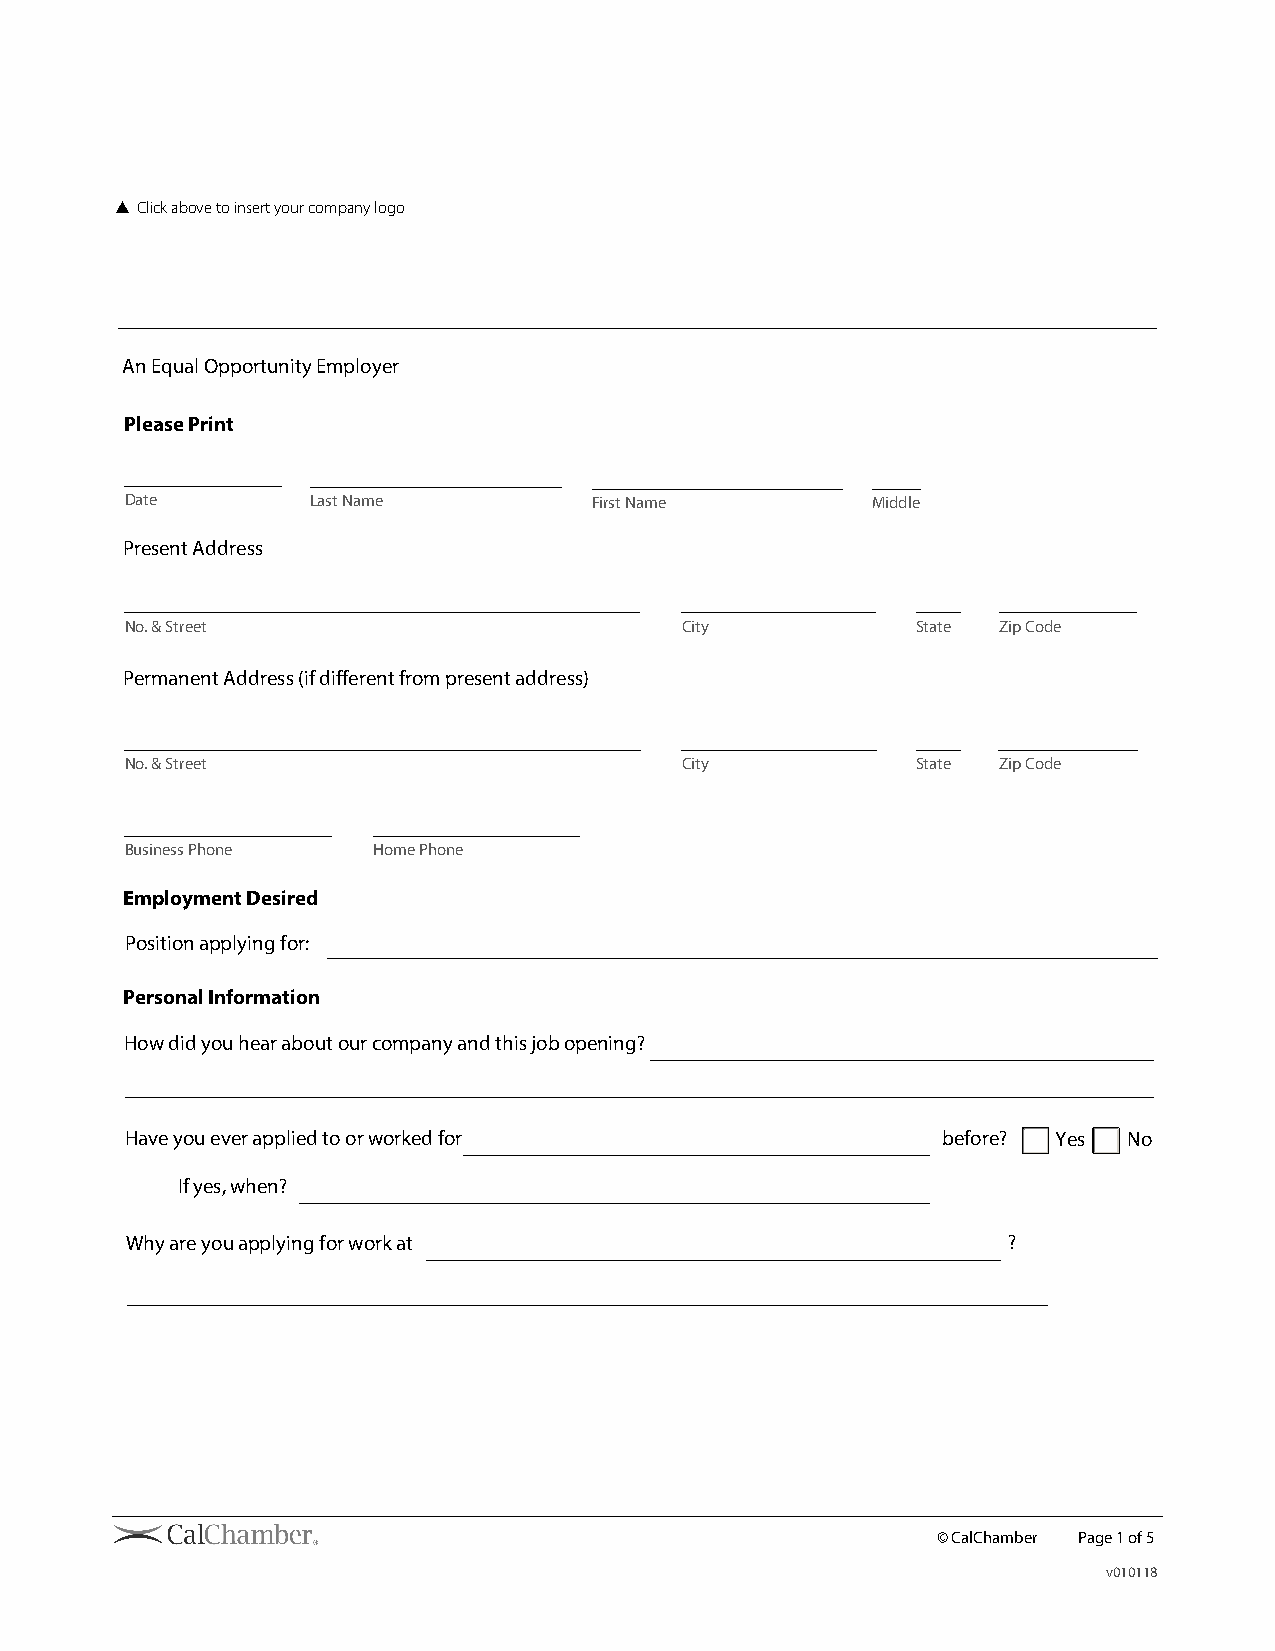
▲ Click above to insert your company logo
 An Equal Opportunity Employer
 Please Print
 Date         Last Name         First Name         Middle
 Present Address
 No. & Street                         City            State Zip Code
 Permanent Address (if different from present address)
 No. & Street                         City            State Zip Code
 Business Phone   Home Phone
 Employment Desired
 Position applying for:
 Personal Information
 How did you hear about our company and this job opening?
 Have you ever applied to or worked for                before? Yes  No
 If yes, when?
 Why are you applying for work at                           ?
 © CalChamber Page 1 of 5
 v010118